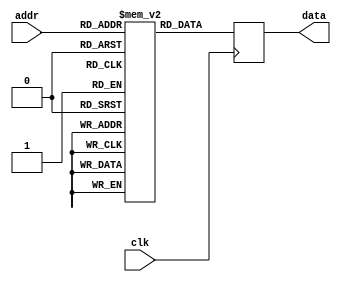
module noiseTable(input clk, input [9:0] addr, output reg [15:0] data);
reg [15:0] mem [0:1023];
initial mem[0] = 16'h1745;
initial mem[1] = 16'h12f8;
initial mem[2] = 16'h5d2;
initial mem[3] = 16'h196e;
initial mem[4] = 16'h146a;
initial mem[5] = 16'h1a09;
initial mem[6] = 16'hf409;
initial mem[7] = 16'h1651;
initial mem[8] = 16'he008;
initial mem[9] = 16'hec7;
initial mem[10] = 16'he958;
initial mem[11] = 16'heb1f;
initial mem[12] = 16'hefa4;
initial mem[13] = 16'hf629;
initial mem[14] = 16'h1c5e;
initial mem[15] = 16'h13d0;
initial mem[16] = 16'hf9c9;
initial mem[17] = 16'h1004;
initial mem[18] = 16'he7ad;
initial mem[19] = 16'he877;
initial mem[20] = 16'he39f;
initial mem[21] = 16'he43b;
initial mem[22] = 16'hff53;
initial mem[23] = 16'h2d8;
initial mem[24] = 16'he664;
initial mem[25] = 16'he391;
initial mem[26] = 16'h14da;
initial mem[27] = 16'h959;
initial mem[28] = 16'he4dc;
initial mem[29] = 16'h742;
initial mem[30] = 16'h17bd;
initial mem[31] = 16'hf8fd;
initial mem[32] = 16'hc57;
initial mem[33] = 16'hf2fe;
initial mem[34] = 16'hfc91;
initial mem[35] = 16'h15f4;
initial mem[36] = 16'hfe35;
initial mem[37] = 16'h17c0;
initial mem[38] = 16'h374;
initial mem[39] = 16'hd2d;
initial mem[40] = 16'hf95d;
initial mem[41] = 16'hea8b;
initial mem[42] = 16'hf80c;
initial mem[43] = 16'h46f;
initial mem[44] = 16'h5cd;
initial mem[45] = 16'h1a04;
initial mem[46] = 16'heee6;
initial mem[47] = 16'hf957;
initial mem[48] = 16'h1050;
initial mem[49] = 16'h1702;
initial mem[50] = 16'he640;
initial mem[51] = 16'hecb7;
initial mem[52] = 16'hf6c9;
initial mem[53] = 16'he68a;
initial mem[54] = 16'h1ceb;
initial mem[55] = 16'h1729;
initial mem[56] = 16'hf396;
initial mem[57] = 16'hf587;
initial mem[58] = 16'he578;
initial mem[59] = 16'h1e1;
initial mem[60] = 16'hfa57;
initial mem[61] = 16'h8fd;
initial mem[62] = 16'h4fe;
initial mem[63] = 16'h815;
initial mem[64] = 16'hbdb;
initial mem[65] = 16'hffab;
initial mem[66] = 16'he827;
initial mem[67] = 16'hf884;
initial mem[68] = 16'hfd5e;
initial mem[69] = 16'hb3b;
initial mem[70] = 16'h1399;
initial mem[71] = 16'h773;
initial mem[72] = 16'hc37;
initial mem[73] = 16'h1ae;
initial mem[74] = 16'he601;
initial mem[75] = 16'he322;
initial mem[76] = 16'he4af;
initial mem[77] = 16'hfa0;
initial mem[78] = 16'hf5b8;
initial mem[79] = 16'hf8aa;
initial mem[80] = 16'h5d7;
initial mem[81] = 16'hf448;
initial mem[82] = 16'he8b7;
initial mem[83] = 16'hf44b;
initial mem[84] = 16'hf2e6;
initial mem[85] = 16'hf814;
initial mem[86] = 16'h36e;
initial mem[87] = 16'hf58f;
initial mem[88] = 16'h6df;
initial mem[89] = 16'hedf0;
initial mem[90] = 16'h1e7d;
initial mem[91] = 16'hf03c;
initial mem[92] = 16'hf26a;
initial mem[93] = 16'hfb4;
initial mem[94] = 16'hfa3a;
initial mem[95] = 16'hc96;
initial mem[96] = 16'he8a1;
initial mem[97] = 16'hfad3;
initial mem[98] = 16'h4d1;
initial mem[99] = 16'he0e8;
initial mem[100] = 16'h1ca8;
initial mem[101] = 16'h28b;
initial mem[102] = 16'h71e;
initial mem[103] = 16'h1a06;
initial mem[104] = 16'h2d0;
initial mem[105] = 16'hf69b;
initial mem[106] = 16'hd82;
initial mem[107] = 16'h15e2;
initial mem[108] = 16'hfa61;
initial mem[109] = 16'he38b;
initial mem[110] = 16'h1bfe;
initial mem[111] = 16'h1fba;
initial mem[112] = 16'h786;
initial mem[113] = 16'hf50f;
initial mem[114] = 16'h1b93;
initial mem[115] = 16'he32f;
initial mem[116] = 16'h115a;
initial mem[117] = 16'hef43;
initial mem[118] = 16'hf704;
initial mem[119] = 16'h1eb;
initial mem[120] = 16'h134f;
initial mem[121] = 16'he859;
initial mem[122] = 16'hee14;
initial mem[123] = 16'he615;
initial mem[124] = 16'h140d;
initial mem[125] = 16'h6cc;
initial mem[126] = 16'h1391;
initial mem[127] = 16'h54d;
initial mem[128] = 16'h184b;
initial mem[129] = 16'hee03;
initial mem[130] = 16'hea24;
initial mem[131] = 16'h34f;
initial mem[132] = 16'h1628;
initial mem[133] = 16'h160c;
initial mem[134] = 16'hf3f3;
initial mem[135] = 16'hfc71;
initial mem[136] = 16'he9c9;
initial mem[137] = 16'h2c7;
initial mem[138] = 16'he36c;
initial mem[139] = 16'hfae2;
initial mem[140] = 16'he2f3;
initial mem[141] = 16'hffaa;
initial mem[142] = 16'h963;
initial mem[143] = 16'hf522;
initial mem[144] = 16'ha2f;
initial mem[145] = 16'hffd2;
initial mem[146] = 16'hf91c;
initial mem[147] = 16'hf9d6;
initial mem[148] = 16'hfa30;
initial mem[149] = 16'h31a;
initial mem[150] = 16'hff4;
initial mem[151] = 16'h384;
initial mem[152] = 16'hfcb0;
initial mem[153] = 16'hd6;
initial mem[154] = 16'h647;
initial mem[155] = 16'hf371;
initial mem[156] = 16'h4c5;
initial mem[157] = 16'hf3c2;
initial mem[158] = 16'h1e46;
initial mem[159] = 16'hf69d;
initial mem[160] = 16'he102;
initial mem[161] = 16'ha28;
initial mem[162] = 16'hf2fe;
initial mem[163] = 16'hff63;
initial mem[164] = 16'hf41e;
initial mem[165] = 16'hf345;
initial mem[166] = 16'hb4b;
initial mem[167] = 16'hf00a;
initial mem[168] = 16'hfeaf;
initial mem[169] = 16'hf799;
initial mem[170] = 16'he14c;
initial mem[171] = 16'h1093;
initial mem[172] = 16'h1fbf;
initial mem[173] = 16'hee14;
initial mem[174] = 16'hfbbb;
initial mem[175] = 16'he460;
initial mem[176] = 16'hf46b;
initial mem[177] = 16'he438;
initial mem[178] = 16'h1266;
initial mem[179] = 16'h1eba;
initial mem[180] = 16'h1a8c;
initial mem[181] = 16'h53b;
initial mem[182] = 16'h1c42;
initial mem[183] = 16'h1d1e;
initial mem[184] = 16'hcbd;
initial mem[185] = 16'h14b9;
initial mem[186] = 16'hec66;
initial mem[187] = 16'he363;
initial mem[188] = 16'h4ea;
initial mem[189] = 16'h426;
initial mem[190] = 16'he7b9;
initial mem[191] = 16'hc01;
initial mem[192] = 16'h15fc;
initial mem[193] = 16'hf923;
initial mem[194] = 16'hfde0;
initial mem[195] = 16'he24e;
initial mem[196] = 16'hf615;
initial mem[197] = 16'hfeee;
initial mem[198] = 16'he444;
initial mem[199] = 16'hfb7c;
initial mem[200] = 16'hfa91;
initial mem[201] = 16'h1593;
initial mem[202] = 16'h1b9f;
initial mem[203] = 16'h127e;
initial mem[204] = 16'hf125;
initial mem[205] = 16'hf2c;
initial mem[206] = 16'h1445;
initial mem[207] = 16'hef10;
initial mem[208] = 16'hf6c7;
initial mem[209] = 16'hf6d2;
initial mem[210] = 16'he185;
initial mem[211] = 16'he83c;
initial mem[212] = 16'he89f;
initial mem[213] = 16'h1b0;
initial mem[214] = 16'hf6ad;
initial mem[215] = 16'h8cd;
initial mem[216] = 16'he6a4;
initial mem[217] = 16'hd54;
initial mem[218] = 16'h1dd6;
initial mem[219] = 16'hd21;
initial mem[220] = 16'h137d;
initial mem[221] = 16'he79f;
initial mem[222] = 16'ha54;
initial mem[223] = 16'hf08e;
initial mem[224] = 16'he68;
initial mem[225] = 16'h1e40;
initial mem[226] = 16'heb4d;
initial mem[227] = 16'h1052;
initial mem[228] = 16'hfe10;
initial mem[229] = 16'hb29;
initial mem[230] = 16'h8dc;
initial mem[231] = 16'hf42d;
initial mem[232] = 16'hf31d;
initial mem[233] = 16'he353;
initial mem[234] = 16'hfdd1;
initial mem[235] = 16'haaf;
initial mem[236] = 16'h16c0;
initial mem[237] = 16'he0cc;
initial mem[238] = 16'h623;
initial mem[239] = 16'hff3;
initial mem[240] = 16'hebef;
initial mem[241] = 16'hff64;
initial mem[242] = 16'he01e;
initial mem[243] = 16'h13ca;
initial mem[244] = 16'h16e2;
initial mem[245] = 16'h4c4;
initial mem[246] = 16'he45;
initial mem[247] = 16'hf3e;
initial mem[248] = 16'he41c;
initial mem[249] = 16'h1a3;
initial mem[250] = 16'h166a;
initial mem[251] = 16'he1de;
initial mem[252] = 16'hed18;
initial mem[253] = 16'h1ce;
initial mem[254] = 16'he6c6;
initial mem[255] = 16'he16e;
initial mem[256] = 16'heb03;
initial mem[257] = 16'he3db;
initial mem[258] = 16'hbca;
initial mem[259] = 16'h96e;
initial mem[260] = 16'h2dc;
initial mem[261] = 16'hf4f5;
initial mem[262] = 16'hf054;
initial mem[263] = 16'h480;
initial mem[264] = 16'heb89;
initial mem[265] = 16'h1c6e;
initial mem[266] = 16'hf391;
initial mem[267] = 16'ha5;
initial mem[268] = 16'hf248;
initial mem[269] = 16'hef7e;
initial mem[270] = 16'h14b6;
initial mem[271] = 16'h1e25;
initial mem[272] = 16'hfead;
initial mem[273] = 16'he1df;
initial mem[274] = 16'hfb1a;
initial mem[275] = 16'hae5;
initial mem[276] = 16'h673;
initial mem[277] = 16'hfcaf;
initial mem[278] = 16'h17c1;
initial mem[279] = 16'h1aad;
initial mem[280] = 16'he61a;
initial mem[281] = 16'h5f8;
initial mem[282] = 16'h143a;
initial mem[283] = 16'he5a;
initial mem[284] = 16'he5f2;
initial mem[285] = 16'heeca;
initial mem[286] = 16'hf132;
initial mem[287] = 16'ha57;
initial mem[288] = 16'hf8b3;
initial mem[289] = 16'h4d3;
initial mem[290] = 16'he0ff;
initial mem[291] = 16'h1621;
initial mem[292] = 16'he087;
initial mem[293] = 16'hcc0;
initial mem[294] = 16'h1f9f;
initial mem[295] = 16'h1240;
initial mem[296] = 16'h1fe;
initial mem[297] = 16'h16f9;
initial mem[298] = 16'hf58e;
initial mem[299] = 16'he672;
initial mem[300] = 16'hffbc;
initial mem[301] = 16'hf6a6;
initial mem[302] = 16'h1cfc;
initial mem[303] = 16'hf73e;
initial mem[304] = 16'hfcf4;
initial mem[305] = 16'hf61a;
initial mem[306] = 16'h1aef;
initial mem[307] = 16'hf888;
initial mem[308] = 16'ha74;
initial mem[309] = 16'h1f71;
initial mem[310] = 16'hf4e5;
initial mem[311] = 16'h13f;
initial mem[312] = 16'h9fd;
initial mem[313] = 16'hf6f8;
initial mem[314] = 16'h187e;
initial mem[315] = 16'hadf;
initial mem[316] = 16'hfae7;
initial mem[317] = 16'h11ef;
initial mem[318] = 16'h1a7f;
initial mem[319] = 16'h14a9;
initial mem[320] = 16'hf60f;
initial mem[321] = 16'he226;
initial mem[322] = 16'hed18;
initial mem[323] = 16'hf3b8;
initial mem[324] = 16'hf0a3;
initial mem[325] = 16'hf71a;
initial mem[326] = 16'h116;
initial mem[327] = 16'h1ca4;
initial mem[328] = 16'he028;
initial mem[329] = 16'hf1a2;
initial mem[330] = 16'hef77;
initial mem[331] = 16'h1f52;
initial mem[332] = 16'h1dd6;
initial mem[333] = 16'h698;
initial mem[334] = 16'hced;
initial mem[335] = 16'he264;
initial mem[336] = 16'hfca8;
initial mem[337] = 16'hefc3;
initial mem[338] = 16'h1825;
initial mem[339] = 16'hf9ed;
initial mem[340] = 16'hea3a;
initial mem[341] = 16'hf93c;
initial mem[342] = 16'hf8f6;
initial mem[343] = 16'h1298;
initial mem[344] = 16'hfaac;
initial mem[345] = 16'hf373;
initial mem[346] = 16'h1029;
initial mem[347] = 16'h1126;
initial mem[348] = 16'h11c6;
initial mem[349] = 16'he1e1;
initial mem[350] = 16'he447;
initial mem[351] = 16'h1924;
initial mem[352] = 16'heda0;
initial mem[353] = 16'hea9a;
initial mem[354] = 16'h1909;
initial mem[355] = 16'he86e;
initial mem[356] = 16'ha1c;
initial mem[357] = 16'hed0d;
initial mem[358] = 16'hb63;
initial mem[359] = 16'h1258;
initial mem[360] = 16'h7cd;
initial mem[361] = 16'h1437;
initial mem[362] = 16'h4d0;
initial mem[363] = 16'h13dc;
initial mem[364] = 16'hfd28;
initial mem[365] = 16'hf240;
initial mem[366] = 16'he0a2;
initial mem[367] = 16'h68f;
initial mem[368] = 16'h19e8;
initial mem[369] = 16'h13ac;
initial mem[370] = 16'he71c;
initial mem[371] = 16'hfaa6;
initial mem[372] = 16'hd77;
initial mem[373] = 16'hf2ac;
initial mem[374] = 16'h171f;
initial mem[375] = 16'hfb9f;
initial mem[376] = 16'hfca0;
initial mem[377] = 16'he5ad;
initial mem[378] = 16'hec44;
initial mem[379] = 16'hebe4;
initial mem[380] = 16'h1222;
initial mem[381] = 16'h1f91;
initial mem[382] = 16'hef9e;
initial mem[383] = 16'hea0b;
initial mem[384] = 16'hfa24;
initial mem[385] = 16'he4c7;
initial mem[386] = 16'hf296;
initial mem[387] = 16'hd72;
initial mem[388] = 16'he112;
initial mem[389] = 16'he3ec;
initial mem[390] = 16'he43a;
initial mem[391] = 16'h710;
initial mem[392] = 16'hfa8c;
initial mem[393] = 16'h942;
initial mem[394] = 16'h37d;
initial mem[395] = 16'hee2;
initial mem[396] = 16'he7b7;
initial mem[397] = 16'h1ff5;
initial mem[398] = 16'hf205;
initial mem[399] = 16'hbbb;
initial mem[400] = 16'hb83;
initial mem[401] = 16'h1767;
initial mem[402] = 16'hebae;
initial mem[403] = 16'hf45d;
initial mem[404] = 16'hf452;
initial mem[405] = 16'hb0c;
initial mem[406] = 16'heb84;
initial mem[407] = 16'h3c1;
initial mem[408] = 16'ha6c;
initial mem[409] = 16'hf949;
initial mem[410] = 16'hee4a;
initial mem[411] = 16'hee12;
initial mem[412] = 16'h7c5;
initial mem[413] = 16'he956;
initial mem[414] = 16'he680;
initial mem[415] = 16'h1df4;
initial mem[416] = 16'hf9a8;
initial mem[417] = 16'h9ee;
initial mem[418] = 16'he167;
initial mem[419] = 16'he62c;
initial mem[420] = 16'h3ed;
initial mem[421] = 16'he9a3;
initial mem[422] = 16'hf7e9;
initial mem[423] = 16'he35d;
initial mem[424] = 16'hfc8f;
initial mem[425] = 16'he1b9;
initial mem[426] = 16'h1b7f;
initial mem[427] = 16'h705;
initial mem[428] = 16'hfd73;
initial mem[429] = 16'hfeb6;
initial mem[430] = 16'he0b;
initial mem[431] = 16'hffc4;
initial mem[432] = 16'he4d8;
initial mem[433] = 16'hc2a;
initial mem[434] = 16'h1597;
initial mem[435] = 16'hefd7;
initial mem[436] = 16'heb82;
initial mem[437] = 16'h1197;
initial mem[438] = 16'heb68;
initial mem[439] = 16'hfea8;
initial mem[440] = 16'h7d2;
initial mem[441] = 16'hf8e8;
initial mem[442] = 16'h3e4;
initial mem[443] = 16'hfafc;
initial mem[444] = 16'hf07c;
initial mem[445] = 16'hc6f;
initial mem[446] = 16'hff71;
initial mem[447] = 16'h175c;
initial mem[448] = 16'hfae9;
initial mem[449] = 16'he63d;
initial mem[450] = 16'h1d15;
initial mem[451] = 16'he76;
initial mem[452] = 16'h1ab5;
initial mem[453] = 16'he857;
initial mem[454] = 16'hfeda;
initial mem[455] = 16'h107;
initial mem[456] = 16'hee37;
initial mem[457] = 16'heee4;
initial mem[458] = 16'hee50;
initial mem[459] = 16'h15d0;
initial mem[460] = 16'hf646;
initial mem[461] = 16'hf593;
initial mem[462] = 16'hbfd;
initial mem[463] = 16'hfddd;
initial mem[464] = 16'h13ea;
initial mem[465] = 16'hf348;
initial mem[466] = 16'hef5e;
initial mem[467] = 16'h1599;
initial mem[468] = 16'h718;
initial mem[469] = 16'hf57a;
initial mem[470] = 16'hec07;
initial mem[471] = 16'h183f;
initial mem[472] = 16'hf5d9;
initial mem[473] = 16'hf93d;
initial mem[474] = 16'hf874;
initial mem[475] = 16'he09e;
initial mem[476] = 16'hf893;
initial mem[477] = 16'h1c7b;
initial mem[478] = 16'h1d2b;
initial mem[479] = 16'hf058;
initial mem[480] = 16'h1b8e;
initial mem[481] = 16'hfce0;
initial mem[482] = 16'hfe59;
initial mem[483] = 16'h477;
initial mem[484] = 16'h1746;
initial mem[485] = 16'hf8f0;
initial mem[486] = 16'hf1bd;
initial mem[487] = 16'h1310;
initial mem[488] = 16'h11a7;
initial mem[489] = 16'hfb05;
initial mem[490] = 16'hf3bf;
initial mem[491] = 16'h129;
initial mem[492] = 16'h132f;
initial mem[493] = 16'hf5cf;
initial mem[494] = 16'he6c2;
initial mem[495] = 16'h1b2f;
initial mem[496] = 16'h1999;
initial mem[497] = 16'hbff;
initial mem[498] = 16'h1aae;
initial mem[499] = 16'he231;
initial mem[500] = 16'h527;
initial mem[501] = 16'hf1b9;
initial mem[502] = 16'hba6;
initial mem[503] = 16'hfce5;
initial mem[504] = 16'hb64;
initial mem[505] = 16'hbd7;
initial mem[506] = 16'hf0b7;
initial mem[507] = 16'h174c;
initial mem[508] = 16'ha8f;
initial mem[509] = 16'hf3a7;
initial mem[510] = 16'he48;
initial mem[511] = 16'hfee4;
initial mem[512] = 16'he445;
initial mem[513] = 16'h1b67;
initial mem[514] = 16'hec0c;
initial mem[515] = 16'he2b3;
initial mem[516] = 16'he631;
initial mem[517] = 16'hed1a;
initial mem[518] = 16'h16af;
initial mem[519] = 16'heab2;
initial mem[520] = 16'h1a39;
initial mem[521] = 16'he8ba;
initial mem[522] = 16'h15c6;
initial mem[523] = 16'h1046;
initial mem[524] = 16'he7b8;
initial mem[525] = 16'heb50;
initial mem[526] = 16'h421;
initial mem[527] = 16'h5f0;
initial mem[528] = 16'hd56;
initial mem[529] = 16'h5de;
initial mem[530] = 16'hd57;
initial mem[531] = 16'h7aa;
initial mem[532] = 16'hf8e5;
initial mem[533] = 16'hf734;
initial mem[534] = 16'he614;
initial mem[535] = 16'hb3;
initial mem[536] = 16'hfc34;
initial mem[537] = 16'hedca;
initial mem[538] = 16'h18aa;
initial mem[539] = 16'hc89;
initial mem[540] = 16'ha10;
initial mem[541] = 16'he952;
initial mem[542] = 16'h159d;
initial mem[543] = 16'h1932;
initial mem[544] = 16'h7e4;
initial mem[545] = 16'hf698;
initial mem[546] = 16'hfd33;
initial mem[547] = 16'h58c;
initial mem[548] = 16'hedc4;
initial mem[549] = 16'hfbfd;
initial mem[550] = 16'heeb6;
initial mem[551] = 16'hf24;
initial mem[552] = 16'h1e1f;
initial mem[553] = 16'hf159;
initial mem[554] = 16'hea58;
initial mem[555] = 16'hbc4;
initial mem[556] = 16'he94a;
initial mem[557] = 16'h1f55;
initial mem[558] = 16'hf333;
initial mem[559] = 16'hed21;
initial mem[560] = 16'he2bc;
initial mem[561] = 16'he3e5;
initial mem[562] = 16'he965;
initial mem[563] = 16'hed08;
initial mem[564] = 16'hffbc;
initial mem[565] = 16'hf371;
initial mem[566] = 16'hed5d;
initial mem[567] = 16'h1f05;
initial mem[568] = 16'hf9d9;
initial mem[569] = 16'hf832;
initial mem[570] = 16'h1e8a;
initial mem[571] = 16'hfdc3;
initial mem[572] = 16'h831;
initial mem[573] = 16'hfac3;
initial mem[574] = 16'h18cb;
initial mem[575] = 16'h105e;
initial mem[576] = 16'h1519;
initial mem[577] = 16'h1634;
initial mem[578] = 16'h71d;
initial mem[579] = 16'hf8a7;
initial mem[580] = 16'h1e87;
initial mem[581] = 16'h2cd;
initial mem[582] = 16'heebe;
initial mem[583] = 16'hf158;
initial mem[584] = 16'he730;
initial mem[585] = 16'hf65f;
initial mem[586] = 16'heba7;
initial mem[587] = 16'he421;
initial mem[588] = 16'h1f9;
initial mem[589] = 16'h1cab;
initial mem[590] = 16'hdd3;
initial mem[591] = 16'hfb61;
initial mem[592] = 16'h12cc;
initial mem[593] = 16'he07c;
initial mem[594] = 16'he813;
initial mem[595] = 16'hebc9;
initial mem[596] = 16'hff9;
initial mem[597] = 16'h115;
initial mem[598] = 16'he8ef;
initial mem[599] = 16'he211;
initial mem[600] = 16'hf6b0;
initial mem[601] = 16'h16ec;
initial mem[602] = 16'h122d;
initial mem[603] = 16'hed8d;
initial mem[604] = 16'h17d2;
initial mem[605] = 16'hcac;
initial mem[606] = 16'he520;
initial mem[607] = 16'hf574;
initial mem[608] = 16'hbe0;
initial mem[609] = 16'hc81;
initial mem[610] = 16'hea67;
initial mem[611] = 16'h5db;
initial mem[612] = 16'hf37;
initial mem[613] = 16'h9f0;
initial mem[614] = 16'h1655;
initial mem[615] = 16'he114;
initial mem[616] = 16'he3ef;
initial mem[617] = 16'h1425;
initial mem[618] = 16'h362;
initial mem[619] = 16'he5bd;
initial mem[620] = 16'he578;
initial mem[621] = 16'hf32d;
initial mem[622] = 16'hf88a;
initial mem[623] = 16'hab;
initial mem[624] = 16'hebbd;
initial mem[625] = 16'hefa2;
initial mem[626] = 16'h11c9;
initial mem[627] = 16'heae6;
initial mem[628] = 16'hf547;
initial mem[629] = 16'hf5c9;
initial mem[630] = 16'he268;
initial mem[631] = 16'hff95;
initial mem[632] = 16'hf27c;
initial mem[633] = 16'hf9f3;
initial mem[634] = 16'h13bf;
initial mem[635] = 16'heb1a;
initial mem[636] = 16'h1cca;
initial mem[637] = 16'he993;
initial mem[638] = 16'h5d6;
initial mem[639] = 16'heba9;
initial mem[640] = 16'hecb;
initial mem[641] = 16'he44b;
initial mem[642] = 16'hfedd;
initial mem[643] = 16'he7a4;
initial mem[644] = 16'hf229;
initial mem[645] = 16'hf2ee;
initial mem[646] = 16'h43f;
initial mem[647] = 16'hf266;
initial mem[648] = 16'hfd59;
initial mem[649] = 16'hf39c;
initial mem[650] = 16'hea6c;
initial mem[651] = 16'h182d;
initial mem[652] = 16'hf939;
initial mem[653] = 16'h142b;
initial mem[654] = 16'he62;
initial mem[655] = 16'h12ea;
initial mem[656] = 16'hea16;
initial mem[657] = 16'he02c;
initial mem[658] = 16'he5e5;
initial mem[659] = 16'hf2cf;
initial mem[660] = 16'hec64;
initial mem[661] = 16'he530;
initial mem[662] = 16'hf214;
initial mem[663] = 16'he961;
initial mem[664] = 16'hef95;
initial mem[665] = 16'h8f;
initial mem[666] = 16'h828;
initial mem[667] = 16'hed40;
initial mem[668] = 16'hee10;
initial mem[669] = 16'hecd6;
initial mem[670] = 16'heaa8;
initial mem[671] = 16'hf730;
initial mem[672] = 16'h1e39;
initial mem[673] = 16'h1ae3;
initial mem[674] = 16'hd6f;
initial mem[675] = 16'hff5c;
initial mem[676] = 16'had6;
initial mem[677] = 16'h188;
initial mem[678] = 16'hf194;
initial mem[679] = 16'h17dc;
initial mem[680] = 16'hcff;
initial mem[681] = 16'h3f3;
initial mem[682] = 16'h1c96;
initial mem[683] = 16'h1e01;
initial mem[684] = 16'h173d;
initial mem[685] = 16'hfb97;
initial mem[686] = 16'h87e;
initial mem[687] = 16'he699;
initial mem[688] = 16'he2b1;
initial mem[689] = 16'hfd80;
initial mem[690] = 16'h16dc;
initial mem[691] = 16'h1c10;
initial mem[692] = 16'hd7e;
initial mem[693] = 16'hec1a;
initial mem[694] = 16'he911;
initial mem[695] = 16'he0cd;
initial mem[696] = 16'h1bac;
initial mem[697] = 16'hfb12;
initial mem[698] = 16'h1ba0;
initial mem[699] = 16'h5c0;
initial mem[700] = 16'hee98;
initial mem[701] = 16'he421;
initial mem[702] = 16'hfe7f;
initial mem[703] = 16'hf6a5;
initial mem[704] = 16'hf422;
initial mem[705] = 16'h14dd;
initial mem[706] = 16'hf077;
initial mem[707] = 16'h1e8c;
initial mem[708] = 16'hff2f;
initial mem[709] = 16'hfe04;
initial mem[710] = 16'h117c;
initial mem[711] = 16'h1fc4;
initial mem[712] = 16'hf551;
initial mem[713] = 16'he881;
initial mem[714] = 16'h10fc;
initial mem[715] = 16'he63b;
initial mem[716] = 16'hf1af;
initial mem[717] = 16'h1d6e;
initial mem[718] = 16'he3dd;
initial mem[719] = 16'hfb9b;
initial mem[720] = 16'hf561;
initial mem[721] = 16'he36a;
initial mem[722] = 16'hffd7;
initial mem[723] = 16'h58d;
initial mem[724] = 16'hf32e;
initial mem[725] = 16'hffc0;
initial mem[726] = 16'he55a;
initial mem[727] = 16'hf754;
initial mem[728] = 16'hf414;
initial mem[729] = 16'h1ca5;
initial mem[730] = 16'h173a;
initial mem[731] = 16'hee9a;
initial mem[732] = 16'he8f3;
initial mem[733] = 16'he0d1;
initial mem[734] = 16'h3c9;
initial mem[735] = 16'he365;
initial mem[736] = 16'he1ac;
initial mem[737] = 16'h44a;
initial mem[738] = 16'h189f;
initial mem[739] = 16'hfe44;
initial mem[740] = 16'h1ccc;
initial mem[741] = 16'h2d4;
initial mem[742] = 16'he81d;
initial mem[743] = 16'hc1d;
initial mem[744] = 16'h1c2c;
initial mem[745] = 16'he699;
initial mem[746] = 16'hf89d;
initial mem[747] = 16'he3f2;
initial mem[748] = 16'heef7;
initial mem[749] = 16'hfb5a;
initial mem[750] = 16'h1b7;
initial mem[751] = 16'hf43e;
initial mem[752] = 16'he0d6;
initial mem[753] = 16'he7a1;
initial mem[754] = 16'h469;
initial mem[755] = 16'hfdae;
initial mem[756] = 16'h134a;
initial mem[757] = 16'hf8cd;
initial mem[758] = 16'hfe25;
initial mem[759] = 16'h4b1;
initial mem[760] = 16'hf3aa;
initial mem[761] = 16'hed2f;
initial mem[762] = 16'hd1d;
initial mem[763] = 16'h90a;
initial mem[764] = 16'hf634;
initial mem[765] = 16'he119;
initial mem[766] = 16'h15fb;
initial mem[767] = 16'hf16;
initial mem[768] = 16'h1628;
initial mem[769] = 16'hef4;
initial mem[770] = 16'h8be;
initial mem[771] = 16'hf389;
initial mem[772] = 16'h1c30;
initial mem[773] = 16'h1b51;
initial mem[774] = 16'h223;
initial mem[775] = 16'h10c;
initial mem[776] = 16'hf414;
initial mem[777] = 16'hf1f9;
initial mem[778] = 16'h15b;
initial mem[779] = 16'hf690;
initial mem[780] = 16'hfece;
initial mem[781] = 16'he501;
initial mem[782] = 16'heee7;
initial mem[783] = 16'hf872;
initial mem[784] = 16'hfd97;
initial mem[785] = 16'he185;
initial mem[786] = 16'hf772;
initial mem[787] = 16'hfe91;
initial mem[788] = 16'hf1c2;
initial mem[789] = 16'hfd61;
initial mem[790] = 16'haf0;
initial mem[791] = 16'h197a;
initial mem[792] = 16'hfbc2;
initial mem[793] = 16'he474;
initial mem[794] = 16'he821;
initial mem[795] = 16'h1ced;
initial mem[796] = 16'hfd7f;
initial mem[797] = 16'hf1b9;
initial mem[798] = 16'heb89;
initial mem[799] = 16'hcb3;
initial mem[800] = 16'hf0a6;
initial mem[801] = 16'h177c;
initial mem[802] = 16'hf573;
initial mem[803] = 16'he6dc;
initial mem[804] = 16'hea07;
initial mem[805] = 16'hbb9;
initial mem[806] = 16'hf45c;
initial mem[807] = 16'hed56;
initial mem[808] = 16'haef;
initial mem[809] = 16'hfef4;
initial mem[810] = 16'h435;
initial mem[811] = 16'h6e5;
initial mem[812] = 16'h1a04;
initial mem[813] = 16'hea86;
initial mem[814] = 16'hfa1a;
initial mem[815] = 16'hf191;
initial mem[816] = 16'heb82;
initial mem[817] = 16'h1b50;
initial mem[818] = 16'hfc73;
initial mem[819] = 16'h1512;
initial mem[820] = 16'h187d;
initial mem[821] = 16'h1fdd;
initial mem[822] = 16'hf2ae;
initial mem[823] = 16'h9f8;
initial mem[824] = 16'hef2;
initial mem[825] = 16'h1ee5;
initial mem[826] = 16'hb0f;
initial mem[827] = 16'he7b5;
initial mem[828] = 16'h8ed;
initial mem[829] = 16'h59a;
initial mem[830] = 16'hf8d4;
initial mem[831] = 16'heaa2;
initial mem[832] = 16'he4c0;
initial mem[833] = 16'hed9d;
initial mem[834] = 16'hee7b;
initial mem[835] = 16'h911;
initial mem[836] = 16'he1dc;
initial mem[837] = 16'he788;
initial mem[838] = 16'he9f7;
initial mem[839] = 16'heb1d;
initial mem[840] = 16'hfbea;
initial mem[841] = 16'h1302;
initial mem[842] = 16'h101d;
initial mem[843] = 16'he801;
initial mem[844] = 16'hf87e;
initial mem[845] = 16'h1a0e;
initial mem[846] = 16'h10be;
initial mem[847] = 16'h17b3;
initial mem[848] = 16'hfd4e;
initial mem[849] = 16'hea2;
initial mem[850] = 16'h188a;
initial mem[851] = 16'hee4c;
initial mem[852] = 16'hf8fa;
initial mem[853] = 16'hf14e;
initial mem[854] = 16'h4c1;
initial mem[855] = 16'he5cd;
initial mem[856] = 16'hff75;
initial mem[857] = 16'hdf5;
initial mem[858] = 16'hf47;
initial mem[859] = 16'h193f;
initial mem[860] = 16'hd1;
initial mem[861] = 16'heb1e;
initial mem[862] = 16'he267;
initial mem[863] = 16'hf7e4;
initial mem[864] = 16'h639;
initial mem[865] = 16'h1f8a;
initial mem[866] = 16'h18c4;
initial mem[867] = 16'h1447;
initial mem[868] = 16'he08a;
initial mem[869] = 16'h117c;
initial mem[870] = 16'h3d7;
initial mem[871] = 16'hed87;
initial mem[872] = 16'hf4db;
initial mem[873] = 16'hfa29;
initial mem[874] = 16'hf895;
initial mem[875] = 16'hd6;
initial mem[876] = 16'hf590;
initial mem[877] = 16'h117c;
initial mem[878] = 16'h1b43;
initial mem[879] = 16'h1c6d;
initial mem[880] = 16'h1b9c;
initial mem[881] = 16'hfbed;
initial mem[882] = 16'hfcf;
initial mem[883] = 16'hf969;
initial mem[884] = 16'h1b3f;
initial mem[885] = 16'h1147;
initial mem[886] = 16'hfe40;
initial mem[887] = 16'h1b69;
initial mem[888] = 16'he5f3;
initial mem[889] = 16'hd94;
initial mem[890] = 16'h1873;
initial mem[891] = 16'h443;
initial mem[892] = 16'hefde;
initial mem[893] = 16'hf0c3;
initial mem[894] = 16'h1a06;
initial mem[895] = 16'h1ccd;
initial mem[896] = 16'he8e6;
initial mem[897] = 16'hfe23;
initial mem[898] = 16'h946;
initial mem[899] = 16'h102e;
initial mem[900] = 16'hf469;
initial mem[901] = 16'hf8f0;
initial mem[902] = 16'hec01;
initial mem[903] = 16'he85a;
initial mem[904] = 16'hf17b;
initial mem[905] = 16'hc2b;
initial mem[906] = 16'hfe3;
initial mem[907] = 16'h1bb2;
initial mem[908] = 16'he357;
initial mem[909] = 16'ha33;
initial mem[910] = 16'hffc5;
initial mem[911] = 16'h9ec;
initial mem[912] = 16'hc0a;
initial mem[913] = 16'h603;
initial mem[914] = 16'hebb4;
initial mem[915] = 16'heec2;
initial mem[916] = 16'hf3e5;
initial mem[917] = 16'hfef3;
initial mem[918] = 16'hfe2f;
initial mem[919] = 16'h98d;
initial mem[920] = 16'hfacd;
initial mem[921] = 16'hdd2;
initial mem[922] = 16'h1c89;
initial mem[923] = 16'hebba;
initial mem[924] = 16'hff63;
initial mem[925] = 16'h1f16;
initial mem[926] = 16'hfa5;
initial mem[927] = 16'h576;
initial mem[928] = 16'hef07;
initial mem[929] = 16'h8e5;
initial mem[930] = 16'hfea4;
initial mem[931] = 16'hf5d8;
initial mem[932] = 16'hf2a9;
initial mem[933] = 16'hea9;
initial mem[934] = 16'he99a;
initial mem[935] = 16'he264;
initial mem[936] = 16'hf283;
initial mem[937] = 16'h1b6d;
initial mem[938] = 16'hb53;
initial mem[939] = 16'h1c36;
initial mem[940] = 16'he39e;
initial mem[941] = 16'he123;
initial mem[942] = 16'h14bc;
initial mem[943] = 16'h1ab3;
initial mem[944] = 16'h6f9;
initial mem[945] = 16'he358;
initial mem[946] = 16'hf529;
initial mem[947] = 16'he094;
initial mem[948] = 16'h12d3;
initial mem[949] = 16'hf617;
initial mem[950] = 16'hfa67;
initial mem[951] = 16'hfd7a;
initial mem[952] = 16'he021;
initial mem[953] = 16'h1e10;
initial mem[954] = 16'hce8;
initial mem[955] = 16'hfbfa;
initial mem[956] = 16'hc77;
initial mem[957] = 16'h1a84;
initial mem[958] = 16'hfbaa;
initial mem[959] = 16'hea13;
initial mem[960] = 16'hdf4;
initial mem[961] = 16'he853;
initial mem[962] = 16'hf4b1;
initial mem[963] = 16'hf415;
initial mem[964] = 16'h1127;
initial mem[965] = 16'hf48a;
initial mem[966] = 16'h13fb;
initial mem[967] = 16'h1543;
initial mem[968] = 16'h130e;
initial mem[969] = 16'hef3b;
initial mem[970] = 16'h16f2;
initial mem[971] = 16'h1986;
initial mem[972] = 16'hf253;
initial mem[973] = 16'h8bf;
initial mem[974] = 16'h122;
initial mem[975] = 16'he1c8;
initial mem[976] = 16'hf893;
initial mem[977] = 16'he041;
initial mem[978] = 16'hb85;
initial mem[979] = 16'h1c1b;
initial mem[980] = 16'hf295;
initial mem[981] = 16'h12fa;
initial mem[982] = 16'h10e;
initial mem[983] = 16'hc7e;
initial mem[984] = 16'hf2d9;
initial mem[985] = 16'h1838;
initial mem[986] = 16'hf443;
initial mem[987] = 16'h1500;
initial mem[988] = 16'h90d;
initial mem[989] = 16'h730;
initial mem[990] = 16'h7f5;
initial mem[991] = 16'heda3;
initial mem[992] = 16'h90e;
initial mem[993] = 16'h25f;
initial mem[994] = 16'h198c;
initial mem[995] = 16'he6f8;
initial mem[996] = 16'heaa7;
initial mem[997] = 16'hf9ff;
initial mem[998] = 16'h1bd5;
initial mem[999] = 16'he46d;
initial mem[1000] = 16'hf7b9;
initial mem[1001] = 16'he554;
initial mem[1002] = 16'he0ec;
initial mem[1003] = 16'hef05;
initial mem[1004] = 16'heeac;
initial mem[1005] = 16'hf6eb;
initial mem[1006] = 16'he78;
initial mem[1007] = 16'h1ef9;
initial mem[1008] = 16'he2c9;
initial mem[1009] = 16'h1bad;
initial mem[1010] = 16'h1804;
initial mem[1011] = 16'h805;
initial mem[1012] = 16'he080;
initial mem[1013] = 16'he2fc;
initial mem[1014] = 16'haab;
initial mem[1015] = 16'hf008;
initial mem[1016] = 16'h1946;
initial mem[1017] = 16'h1d96;
initial mem[1018] = 16'h547;
initial mem[1019] = 16'hffc1;
initial mem[1020] = 16'he847;
initial mem[1021] = 16'he423;
initial mem[1022] = 16'h413;
initial mem[1023] = 16'h1b0d;
always @(posedge clk) begin
	data <= mem[addr];
end
endmodule